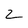
Character: 2